Lunatic asylums Madras 1892-1911 - 1892-1911
Year: 1892
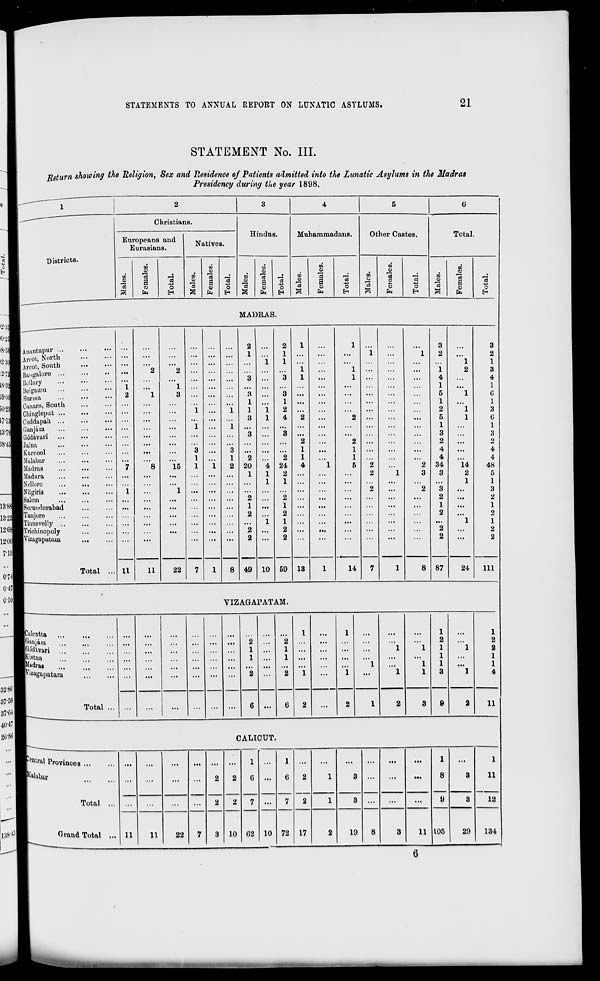
STATEMENTS TO ANNUAL REPORT ON LUNATIC ASYLUMS.
21
STATEMENT No. III.
Return showing the Religion, Sex and Residence of Patients admitted into the Lunatic Asylums in the Madras
Presidency during the year 1898.
1
2
3
4
5
6
Christians.
Hindus.
Muhammadans.
Other Castes.
Total
Europeans and
Natives.
Eurasians.
Districts.
00
6
00
01
to
o
ta
9
to
DO
60
a
fa
13
O
13
CO
a
9
fa
*3
o
CD
a
fa
o
m
93
13
a
09
fa
'ea
"o
m
o
13
"3 c
o
fa
o
to
13
13
a
9
fa
"3
o
EH
MADRAS.
Anantapur ...
2
2
i
1
i
3
3
Anot, North
..
...
...
...
...
...
...
1
...
1 ...
...
...
...
1
2
...
2
Aroot, South
..
...
...
...
...
...
...
...
1
1 ...
...
...
...
...
...
1
1
Bangalore ...
..
...
2
2
...
...
...
i
...
1 ...
...
...
1
2
3
IBollary
• •
...
...
...
...
...
3 ...
3
i
...
1
...
...
...
4
...
4
1 Belgaum
■ •
1
...
1
...
...
...
...
...
...
...
...
...
...
1
...
1
1 Burma
..
2
1
3
...
...
...
3 ...
3 ...
...
...
...
...
...
5
1
G
1 Canara, South
..
...
...
...
...
1 ...
1
...
...
...
...
...
1
...
1
Iciiingleput ...
..
...
...
...
i ...
1
1
1
2 ...
...
...
...
...
...
2
1
3
ICuddapah ...
• •
...
...
...
...
3
1
4
2
...
2 ...
...
...
5
1
G
Ilianjam
• •
...
...
I ...
1 ...
...
...
...
...
...
...
...
...
1
...
1
1 Gddavari
..
...
...
...
...
...
...
3 ...
3 ...
...
...
...
3
3
IJalna
...
...
...
...
...
...
...
2
...
2 ...
2
o
iKuriiool
...
...
3 ...
3
...
...
...
1
...
1
...
...
4
4
1 Malabar
I ...
1
2
2
1
1
4
4
1 Madras
„
7
8
15
1
1
2 20
4 24
4
1
5
2
2 34
14
48
■ Madura
...
...
1
1
2 ...
...
...
2
1
3
3
2
5
1 Nelloro
...
1
1 ...
...
...
...
1
1
INilgiris
1
1 ...
...
...
...
2
...
2
3
3
1 Salem
...
2
2
2
...
2
ISecnnflerabad
...
...
1
...
1
...
1
1
iTanjore
.,
2
2
2
2
[Tinnevelly ...
...
...
1
1
...
...
...
...
1
1
I'fricliinopoly
...
...
...
2
2 ...
...
...
...
2
2
IVizagapatam
••
2
2 ...
2
...
2
1
Total ... 11
11
22
7
1
8 49 10 59 13
1
14
7
1
8 87
24
111
VIZAGAPATAM.
ICalcntta
l'liuijain
IGodivari
vistua
Jladras
iVizagapatam
Total
1
2
1
1
1
3
11
CALICUT.
Ntral Provinces ...
Total
Grand Total
11
...
...
...
2
2
3
2
2
10
1
G
7
02 10
1
6
7
72
2
2
1
3
8
...
...
1
8
9
105
3
...
...
1
3
...
...
3
11
22
7
17
2
19
3
11
29
1
11
12
134
6